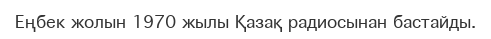
Еңбек жолын 1970 жылы Қазақ радиосынан бастайды.